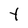
Character: t